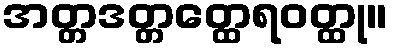
အတ္တဒတ္တတ္ထေရဝတ္ထု။